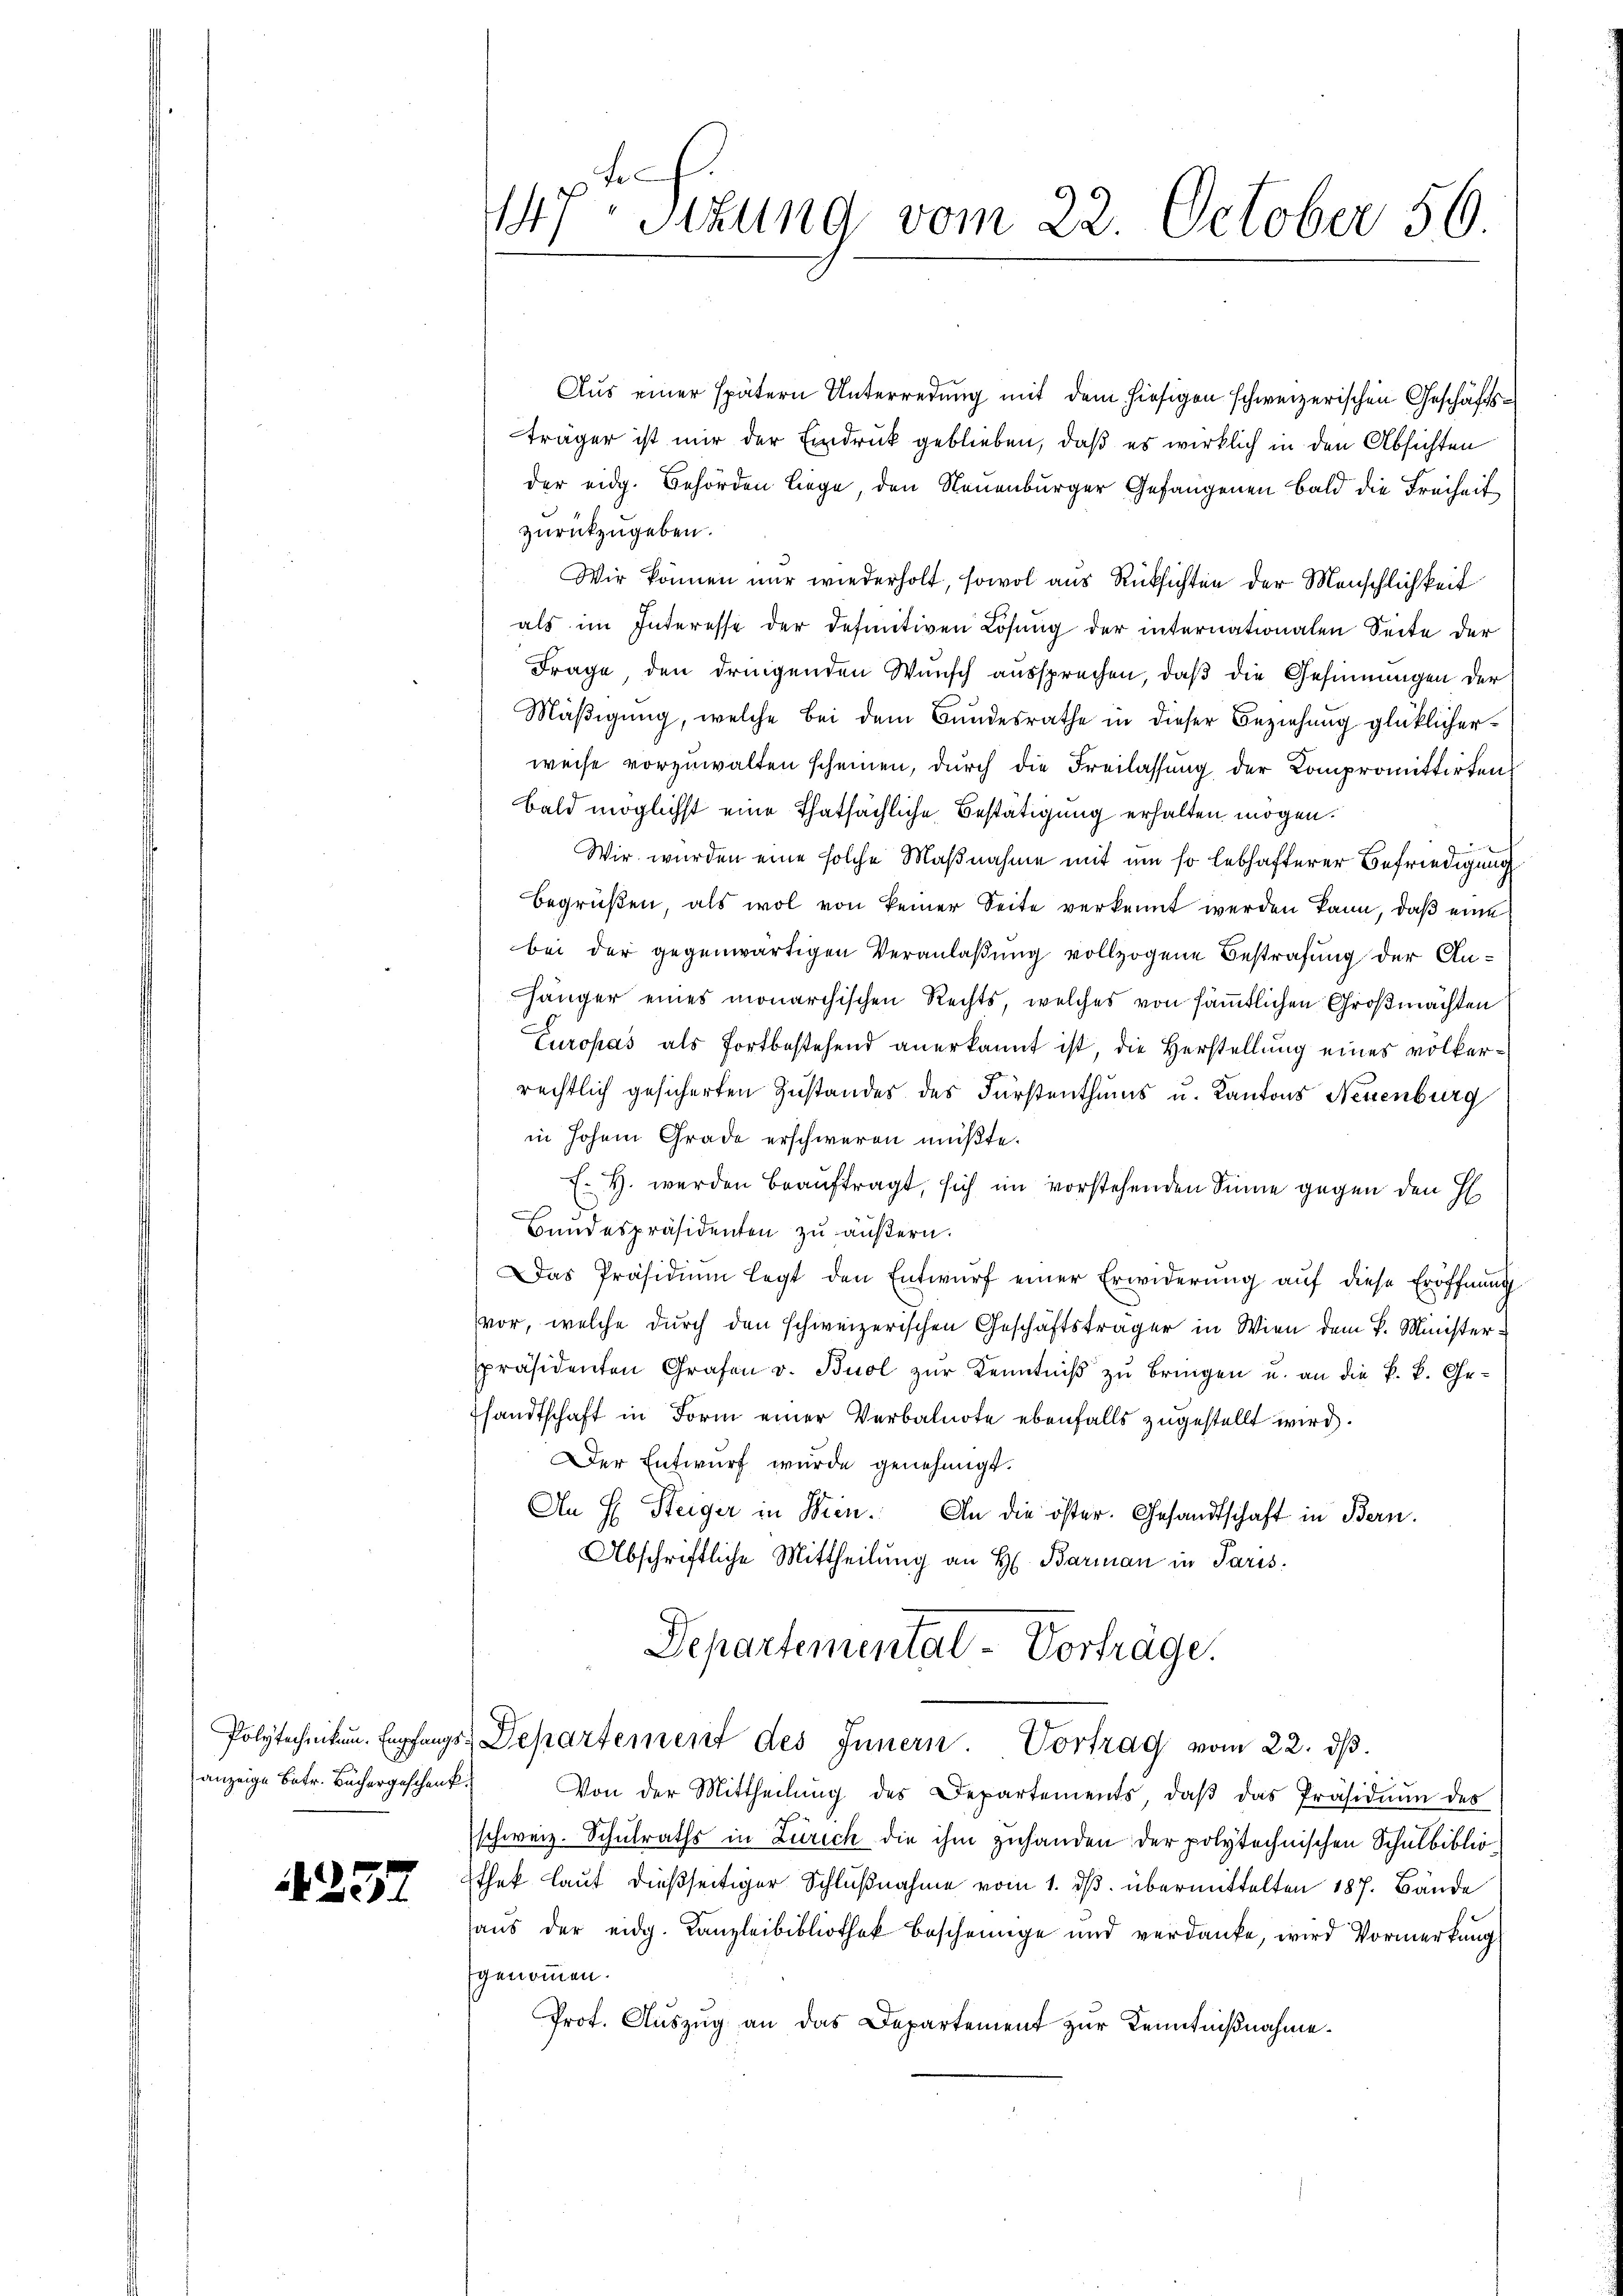
4237

147. Situng vom 22. October 56.

Aus einer spätern Unterredung mit dem hiesigen schweizerischen Geschäftsträger ist mir der Eindruck geblieben, daß es wirklich in den Absichten
der eidg. Behörden liege, den Neuenburger Gefangenen bald die Freiheit
zurückzugeben.
Wir können nur wiederholt, sowol aus Rücksichten der Menschlichkeit
als im Interesse der definitiven Lösung der internationalen Seite der
Frage, den dringenden Wŭnsch aŭssprechen, daβ die Gesinnungen der
Mäßigung, welche bei dem Bundesrathe in dieser Beziehung glücklicherweise vorzuwalten scheinen, durch die Freilassung der Compromittirtens
Bald möglichst eine Thatsächliche Bestätigung erhalten mögen.
Wir wurden eine solche Maßnahme mit um so lebhafterer Befriedigung
begrüßen, als wol von keiner Seite verkannt werden kann, daβ eine
bei der gegenwärtigen Veranlaßung vollzogene Bestrafung der Anhänger eines monarchischen Rechts, welches von sämtlichen Großmachten
Curopas als fortbestehend anerkannt ist, die Herstellung eines völkerrechtlich gesicherten Zustandes des Fürstenthums u. Kantons Neuenburg
in hohem Grade erschweren müßte.
E. H. werden beauftragt, sich im vorstehenden Sinne gegen den H
Bundespräsidenten zu äußern.
Das Präsidiŭm legt den Entwŭrf einer Erwiderŭng aŭf diese Eröffnung
vor, welche durch den schweizerischen Geschäftsträger in Wien dem P. Minister
spräsidenten Grafen v. Buol zŭr Kenntniβ zŭ bringen u. an die k. k. Gesandtschaft in Form einer Verbalnote ebenfalls zugestellt wird.
Der Entwurf wurde genehmigt.
An H. Steiger in Wien. An die öster. Gesandtschaft in Bern.
Abschriftliche Mittheilung an H. Barman in Paris.
Departementat - Vorträge.
Polytechnikum. Empfangs-Departement des Innern. Vortrag vom 22. dβ.
anzeige Betr. Büchergeschenk. Von der Mittheilŭng des Departements, daβ das Präsidiŭm des
schweiz. Schulraths in Zürich die ihm zuhanden der polytechnischen Schulbiblio¬
Ethek laut dießseitiger Schlußnahme vom 1. ds. übermittelten 187. Bände
haŭs der eidg. Kanzleibibliothek bescheinige und verdanke, wird Vormerkung
genommen.
Prof. Auszug an das Departement zur Kenntnißnahme.